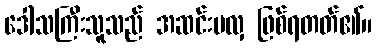
ဒေါသကြီးသူသည် အဆင်းမလှ ဖြစ်ရတတ်၏။